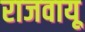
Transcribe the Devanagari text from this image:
राजवायू